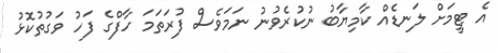
އެ ޓީމަށް ލަނޑެއް ކާމިޔާބު ނުކުރެވުނު ނަމަވެސް ފުރަތަމަ ހާފްގެ ފަހު ވަގުތުކޮޅު